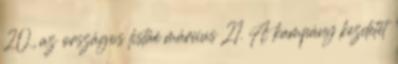
20., az országos listáé március 21. A kampány kezdetét